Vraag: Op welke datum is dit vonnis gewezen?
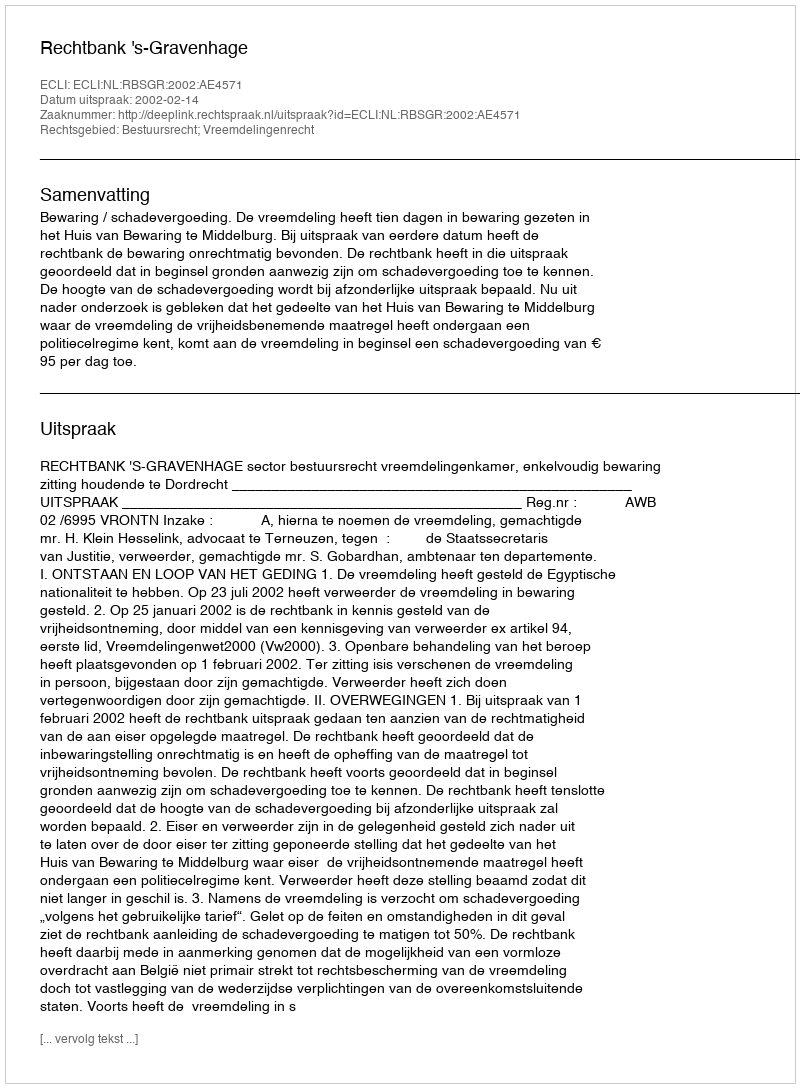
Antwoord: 2002-02-14